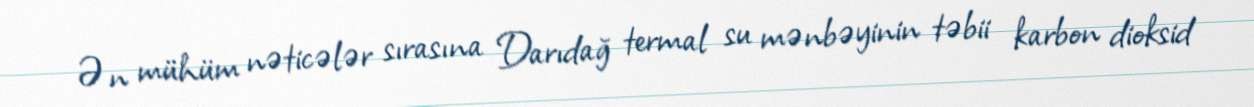
Ən mühüm nəticələr sırasına Darıdağ termal su mənbəyinin təbii karbon dioksid